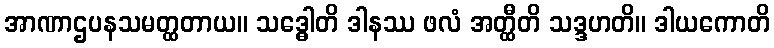
အာဏာဌပနသမတ္ထတာယ။ သဒ္ဓေါတိ ဒါနဿ ဖလံ အတ္ထီတိ သဒ္ဒဟတိ။ ဒါယကောတိ